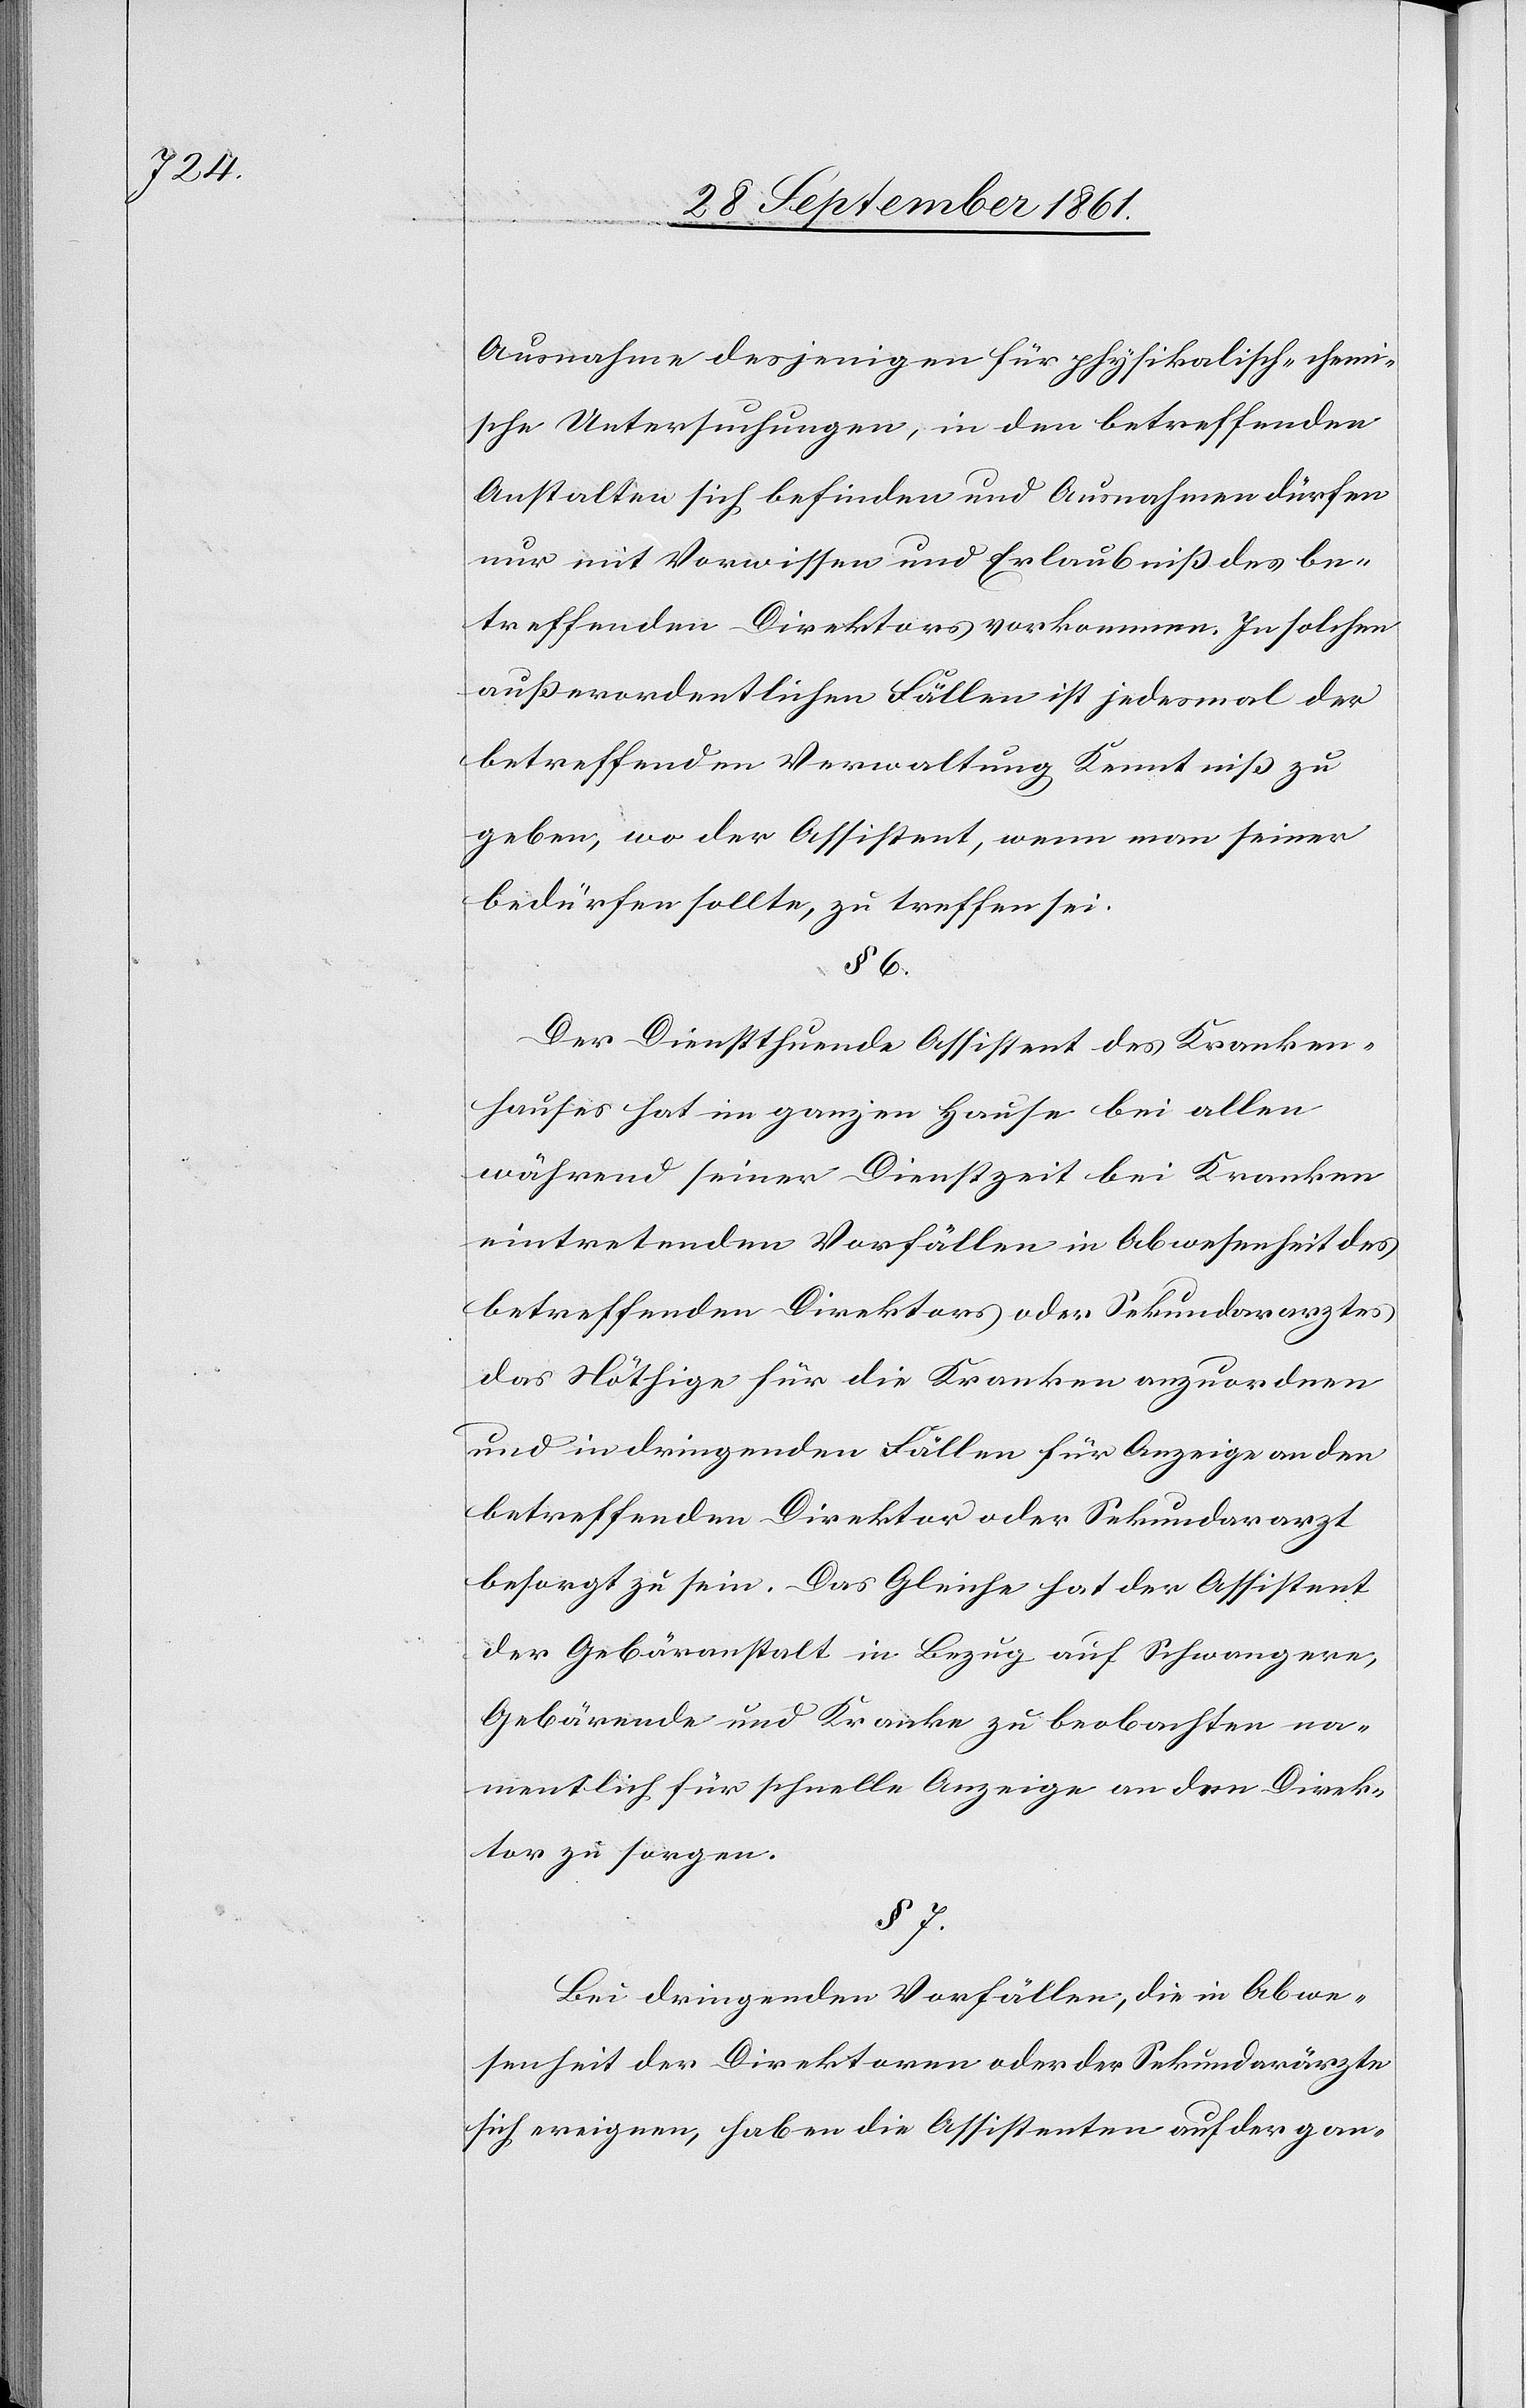
Ausnahme desjenigen für physikalisch-chemi¬
sche Untersuchungen, in den betreffenden
Anstalten sich befinden und Ausnahmen dürfen
nur mit Vorwissen und Erlaubniß des be¬
treffenden Direktors vorkommen. In solchen
außerordentlichen Fällen ist jedesmal der
betreffenden Verwaltung Kenntniß zu
geben, wo der Assistent, wenn man seiner
bedürfen sollte, zu treffen sei.
§ 6.
Der Dienstsuchende Assistent des Kranken¬
hauses hat im ganzen Hause bei allen
während seiner Dienstzeit bei Kranken
eintretenden Vorfällen in Abwesenheit des
betreffenden Direktors oder Sekundararztes
das Nöthige für die Kranken anzuordnen
und in dringenden Fällen für Anzeige an den
betreffenden Direktor oder Sekundararzt
besorgt zu sein. Das Gleiche hat der Assistent
der Gebäranstalt in Bezug auf Schwangere,
Gebärende und Kranke zu beobachten na¬
mentlich für schnelle Anzeige an den Direk¬
tor zu sorgen.
§ 7.
Bei dringenden Vorfällen, die in Abwe¬
senheit der Direktoren oder der Sekundarärzte
sich ereignen, haben die Assistenten auf der gan-